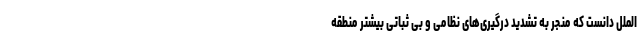
الملل دانست که منجر به تشدید درگیری‌های نظامی و بی ثباتی بیشتر منطقه